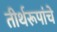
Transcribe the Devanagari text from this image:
तीर्थरूपांचे